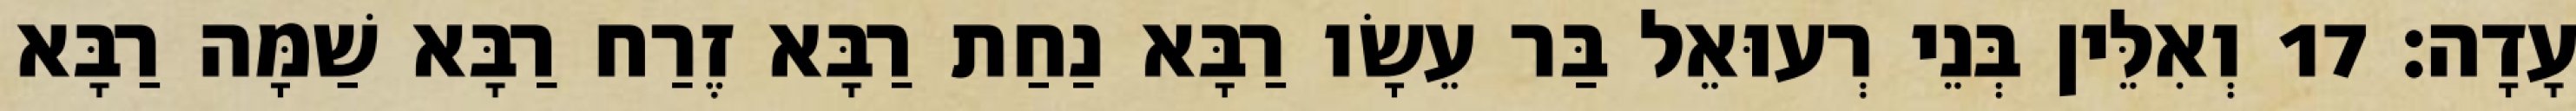
עָדָה׃ 17 וְאִלֵּין בְּנֵי רְעוּאֵל בַּר עֵשָׂו רַבָּא נַחַת רַבָּא זֶרַח רַבָּא שַׁמָּה רַבָּא